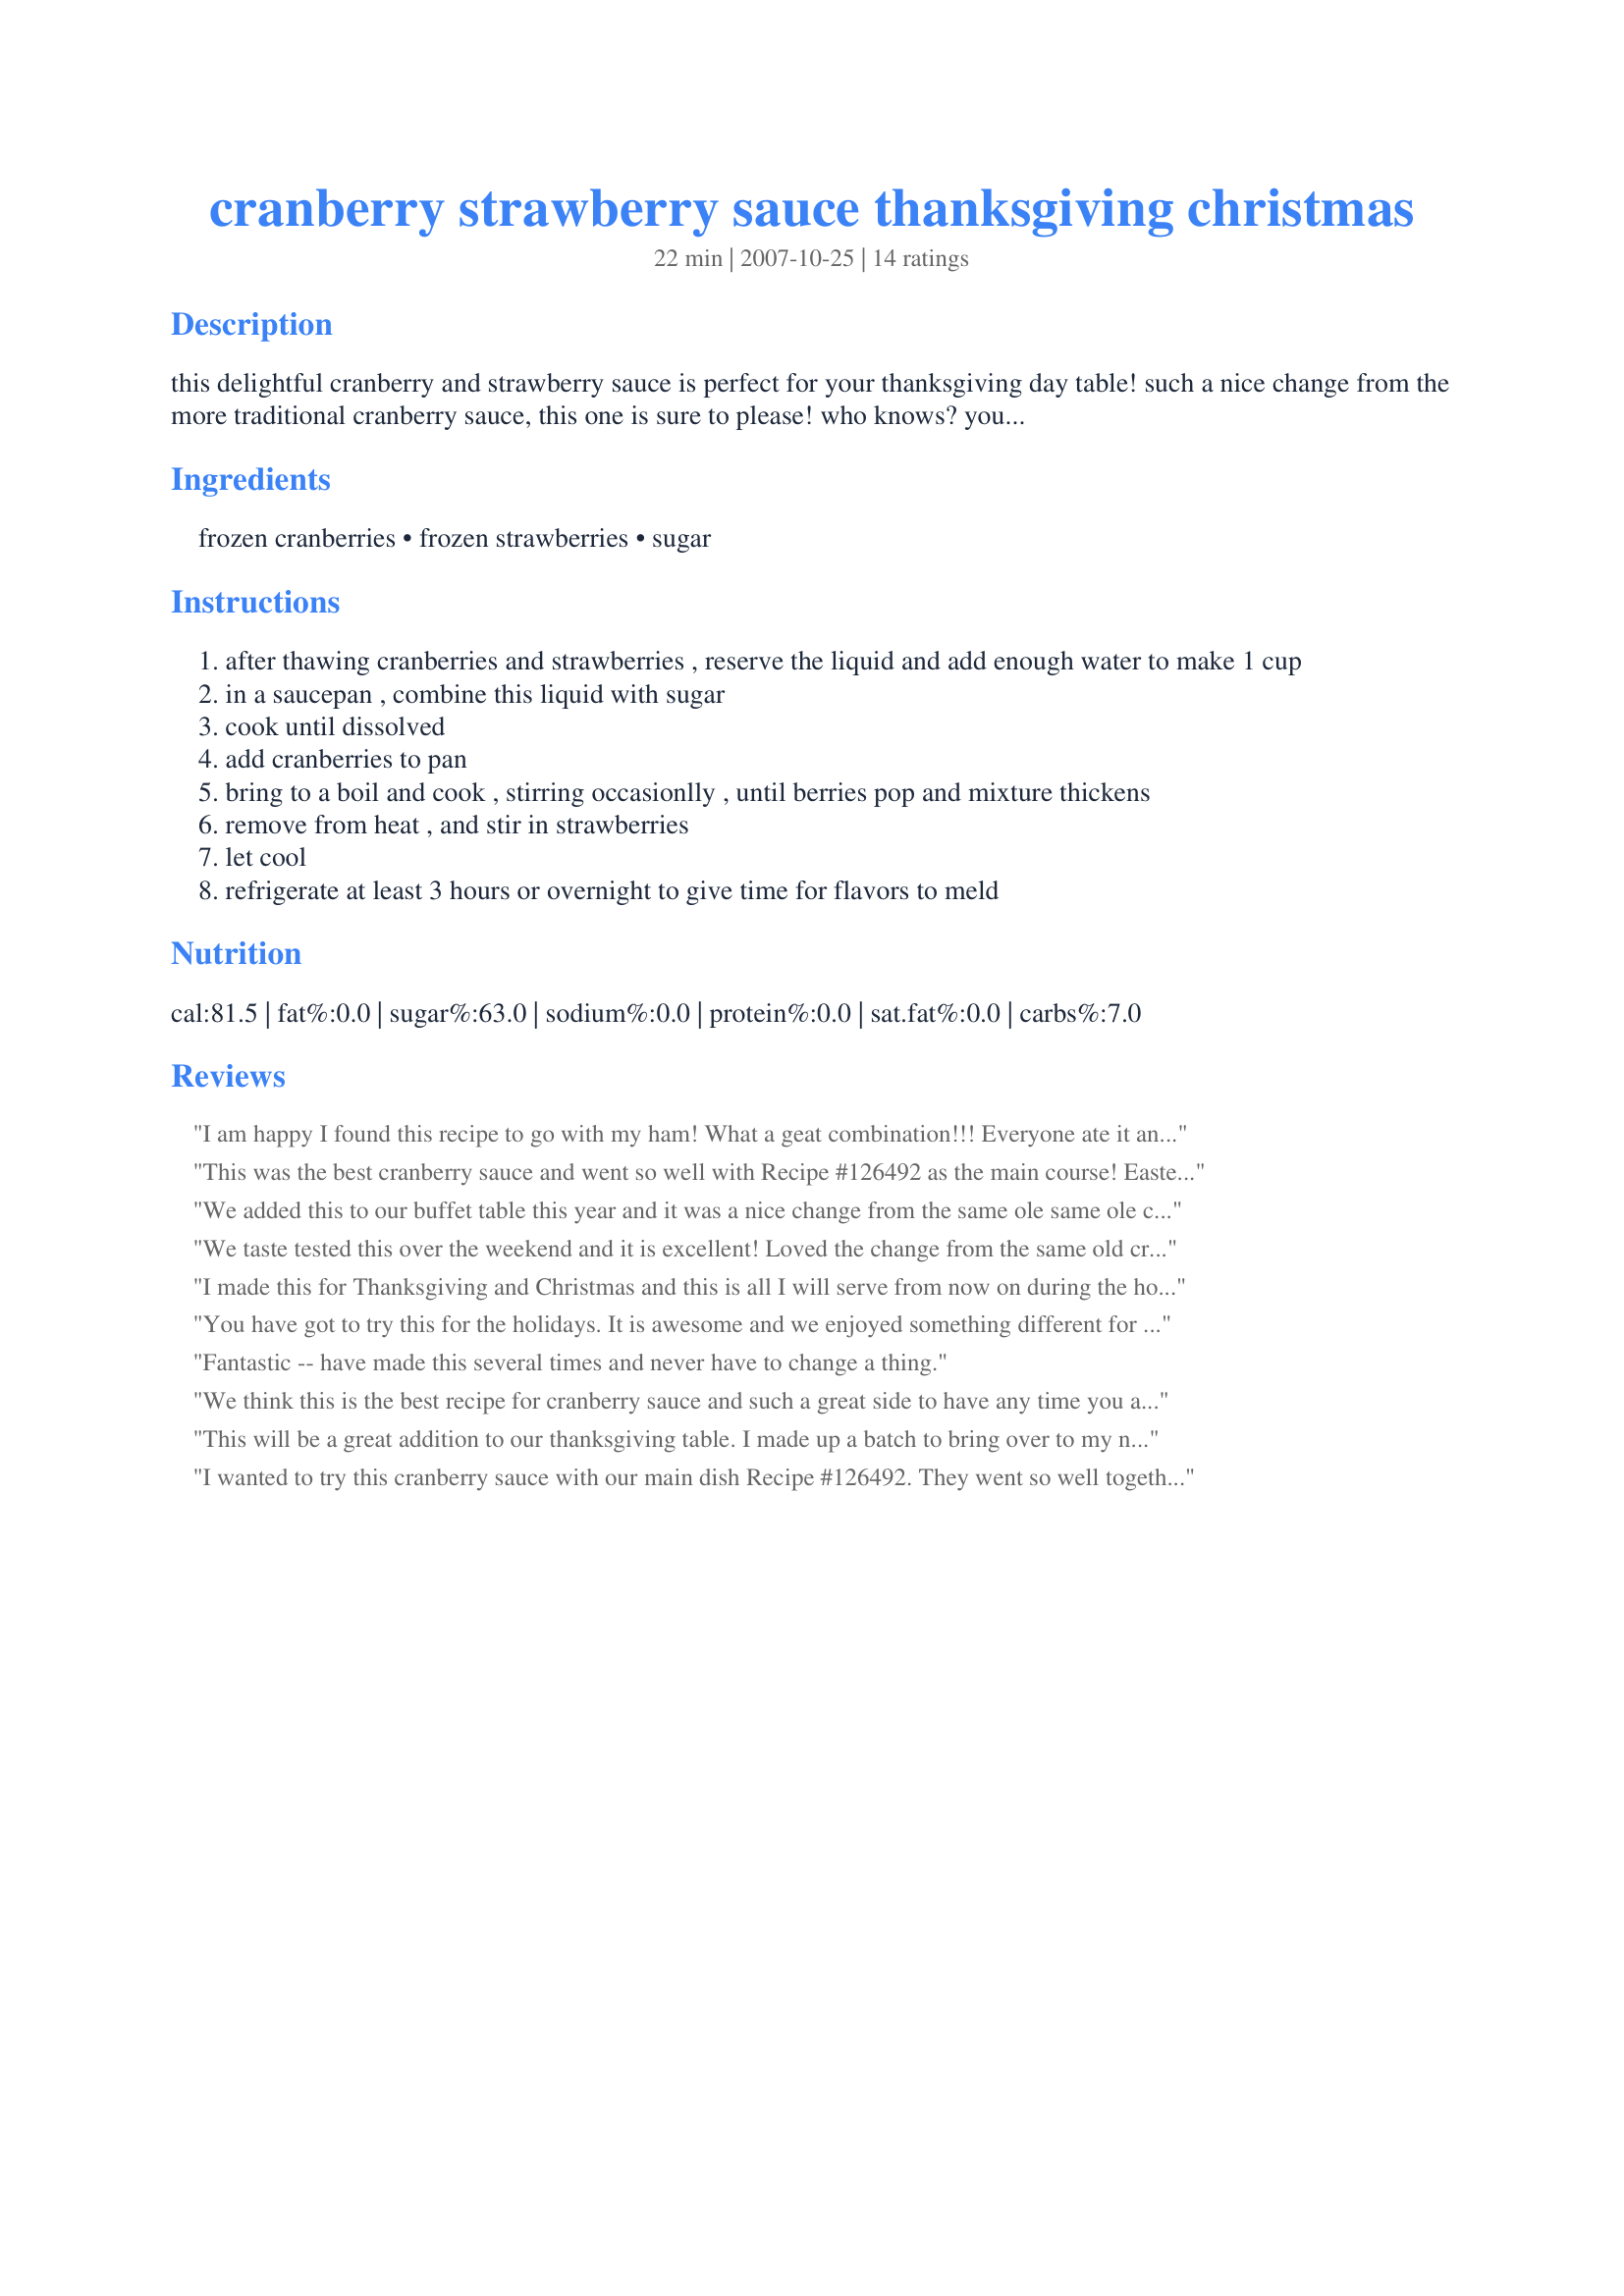
cranberry strawberry sauce thanksgiving christmas
Preparation time: 22 minutes

this delightful cranberry and strawberry sauce is perfect for your thanksgiving day table! such a nice change from the more traditional cranberry sauce, this one is sure to please! who knows? you may find you like this better than the usual, and make this one your holiday favorite! time does not include refrigeration time.

Ingredients:
frozen cranberries, frozen strawberries, sugar

Steps:
after thawing cranberries and strawberries , reserve the liquid and add enough water to make 1 cup
in a saucepan , combine this liquid with sugar
cook until dissolved
add cranberries to pan
bring to a boil and cook , stirring occasionlly , until berries pop and mixture thickens
remove from heat , and stir in strawberries
let cool
refrigerate at least 3 hours or overnight to give time for flavors to meld

Reviews:
I am happy I found this recipe to go with my ham! What a geat combination!!! Everyone ate it and loved it. Such compliments as Mom, this is awesome, to What a great change this is from the canned cranberry sauce! Everyone loved the flavors and it was so simple to make. SSSSSSShhh! Don't tell anyone, but I will make this whenever the need for cranberry sauce occurs. Thanks!
This was the best cranberry sauce and went so well with Recipe #126492 as the main course! Easter will be celebrated with both these recipes annually now! Different than the same ole same ole glazed ham we usually have. I look forward to having this many more times throughout the year too!
We added this to our buffet table this year and it was a nice change from the same ole same ole cranberry sauce. Everyone was raving about it as they dug in!
We taste tested this over the weekend and it is excellent! Loved the change from the same old cranberry sauce!
I made this for Thanksgiving and Christmas and this is all I will serve from now on during the holidays. It is excellent! Everyone was so pleased to have something new to try, instead of the traditional cranberry sauce I always served before. Great recipe!
You have got to try this for the holidays. It is awesome and we enjoyed something different for a change!
Fantastic -- have made this several times and never have to change a thing.
We think this is the best recipe for cranberry sauce and such a great side to have any time you are having turkey, chicken or pork. I made it to go with ham too and it was awesome! I am making it again for Easter and I know it will be well received by the rest of my family, as it is different and very enjoyable!
This will be a great addition to our thanksgiving table. I made up a batch to bring over to my neighbors house for a chicken dinner she was having. According to her everyone loved it and she will be serving it for the holidays. I tasted it, and it is indeed delicious and I am going to make it this week again myself! I know my family will love it and request it for the Christmas holidays too! Thanks!
I wanted to try this cranberry sauce with our main dish Recipe #126492. They went so well together, and the sauce was delicious! I will make this again for the holidays, and am saving in my favorites for another time!
This was so simple to whip up for our dinner and we thought this was so good that we are going to make it again for the holidays. It will be a nice change from the traditional cranberry sauce, and I know everyone will love it even more than the regular! Awesome addition to any meal really!
I have had this in my cookbook to try for awhile now and with the holidays approaching us, I wanted to try it out and see if it was something we would like. We didn't just like it we LOVED it!!! Amazingly easy to make and so delicious! We will have this often, and of course for the holidays from now on. It's so nice to have something a little different than regular old cranberry sauce out of the can!
This will go great with our Thanksgiving dinner this year, and we will be making it! It was such a great combination of flavors with the addition of the strawberries. We thought it was excellent and I will make it often when I am serving baked chicken or roasted turkey!
The only thing I enjoyed more than making and photographing this recipe was eating it. The<br/>strawberries added just the right amount of sweetness without becoming too strawberryish. I ate it with some spicy chicken and was great.
